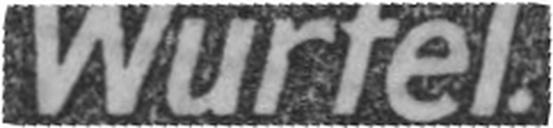
Würfel.